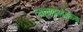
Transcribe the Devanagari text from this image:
त्यांचावेगवेगळ्या